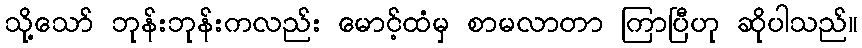
သို့သော် ဘုန်းဘုန်းကလည်း မောင့်ထံမှ စာမလာတာ ကြာပြီဟု ဆိုပါသည်။